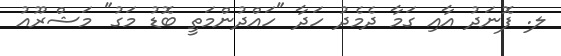
ލ. ފޮނަދު އާއި ގަމާ ދެމެދު ހަދާ "ހައްދުންމަތީ ބޮޑު މަގު" މަޝްރޫއު